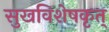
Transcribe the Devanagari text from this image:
सुखविशेषकृत्